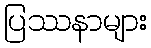
ပြဿနာများ